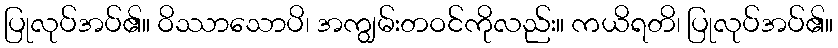
ပြုလုပ်အပ်၏။ ဝိဿာသောပိ၊ အကျွမ်းတဝင်ကိုလည်း။ ကယိရတိ၊ ပြုလုပ်အပ်၏။